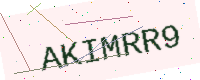
Text: AKIMRR9